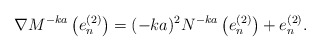
\begin{align*}\nabla M^{-ka}\left( e_{n}^{(2)} \right) = (-ka)^{2} N^{-ka}\left(e_{n}^{(2)}\right) + e_{n}^{(2)}.\end{align*}